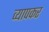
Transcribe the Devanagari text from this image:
व्यापकर